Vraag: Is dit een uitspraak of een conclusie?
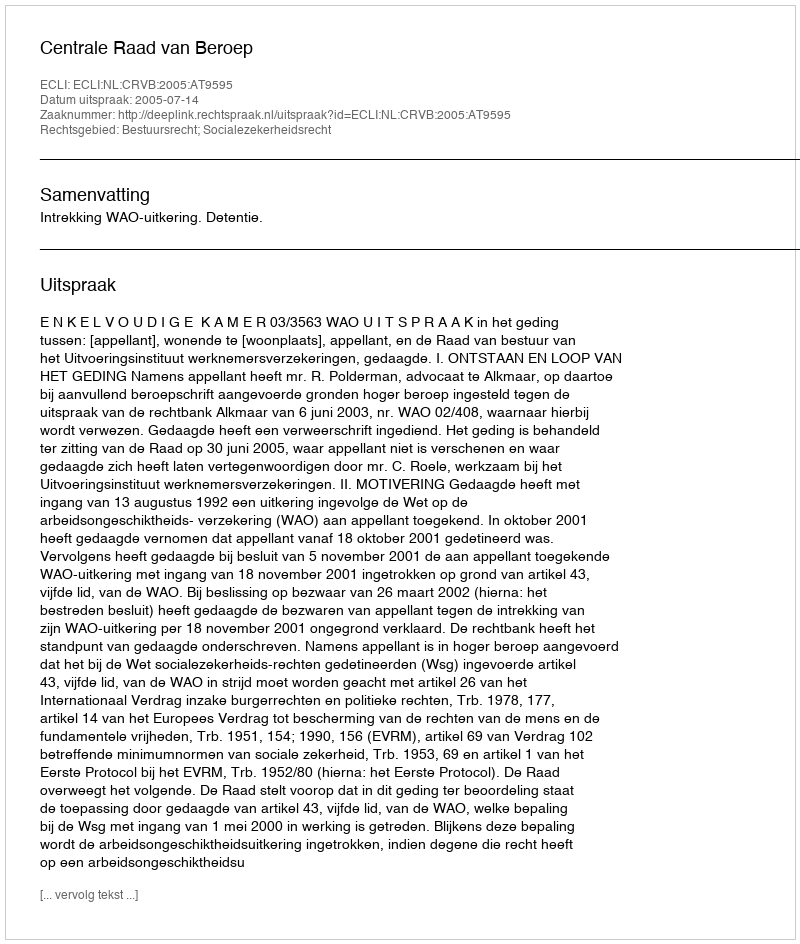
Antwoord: Uitspraak